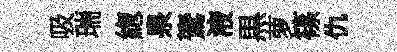
吸瑞緫泉鷟液黒萝篠仇